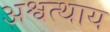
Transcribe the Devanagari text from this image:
अश्वत्थाय